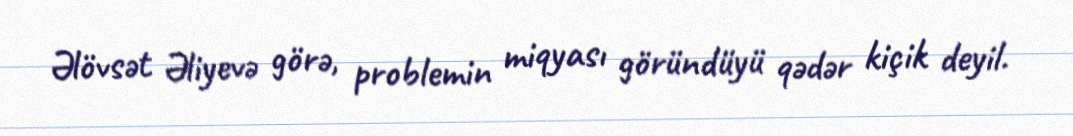
Əlövsət Əliyevə görə, problemin miqyası göründüyü qədər kiçik deyil.